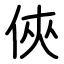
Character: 俠